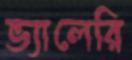
ভ্যালেরি